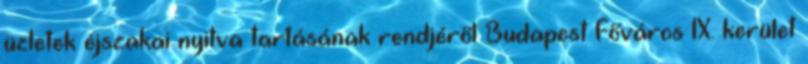
üzletek éjszakai nyitva tartásának rendjéről Budapest Főváros IX. kerület